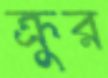
ক্রুর